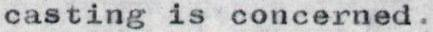
casting is concerned.